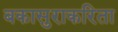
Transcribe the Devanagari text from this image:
बकासुराकरिता